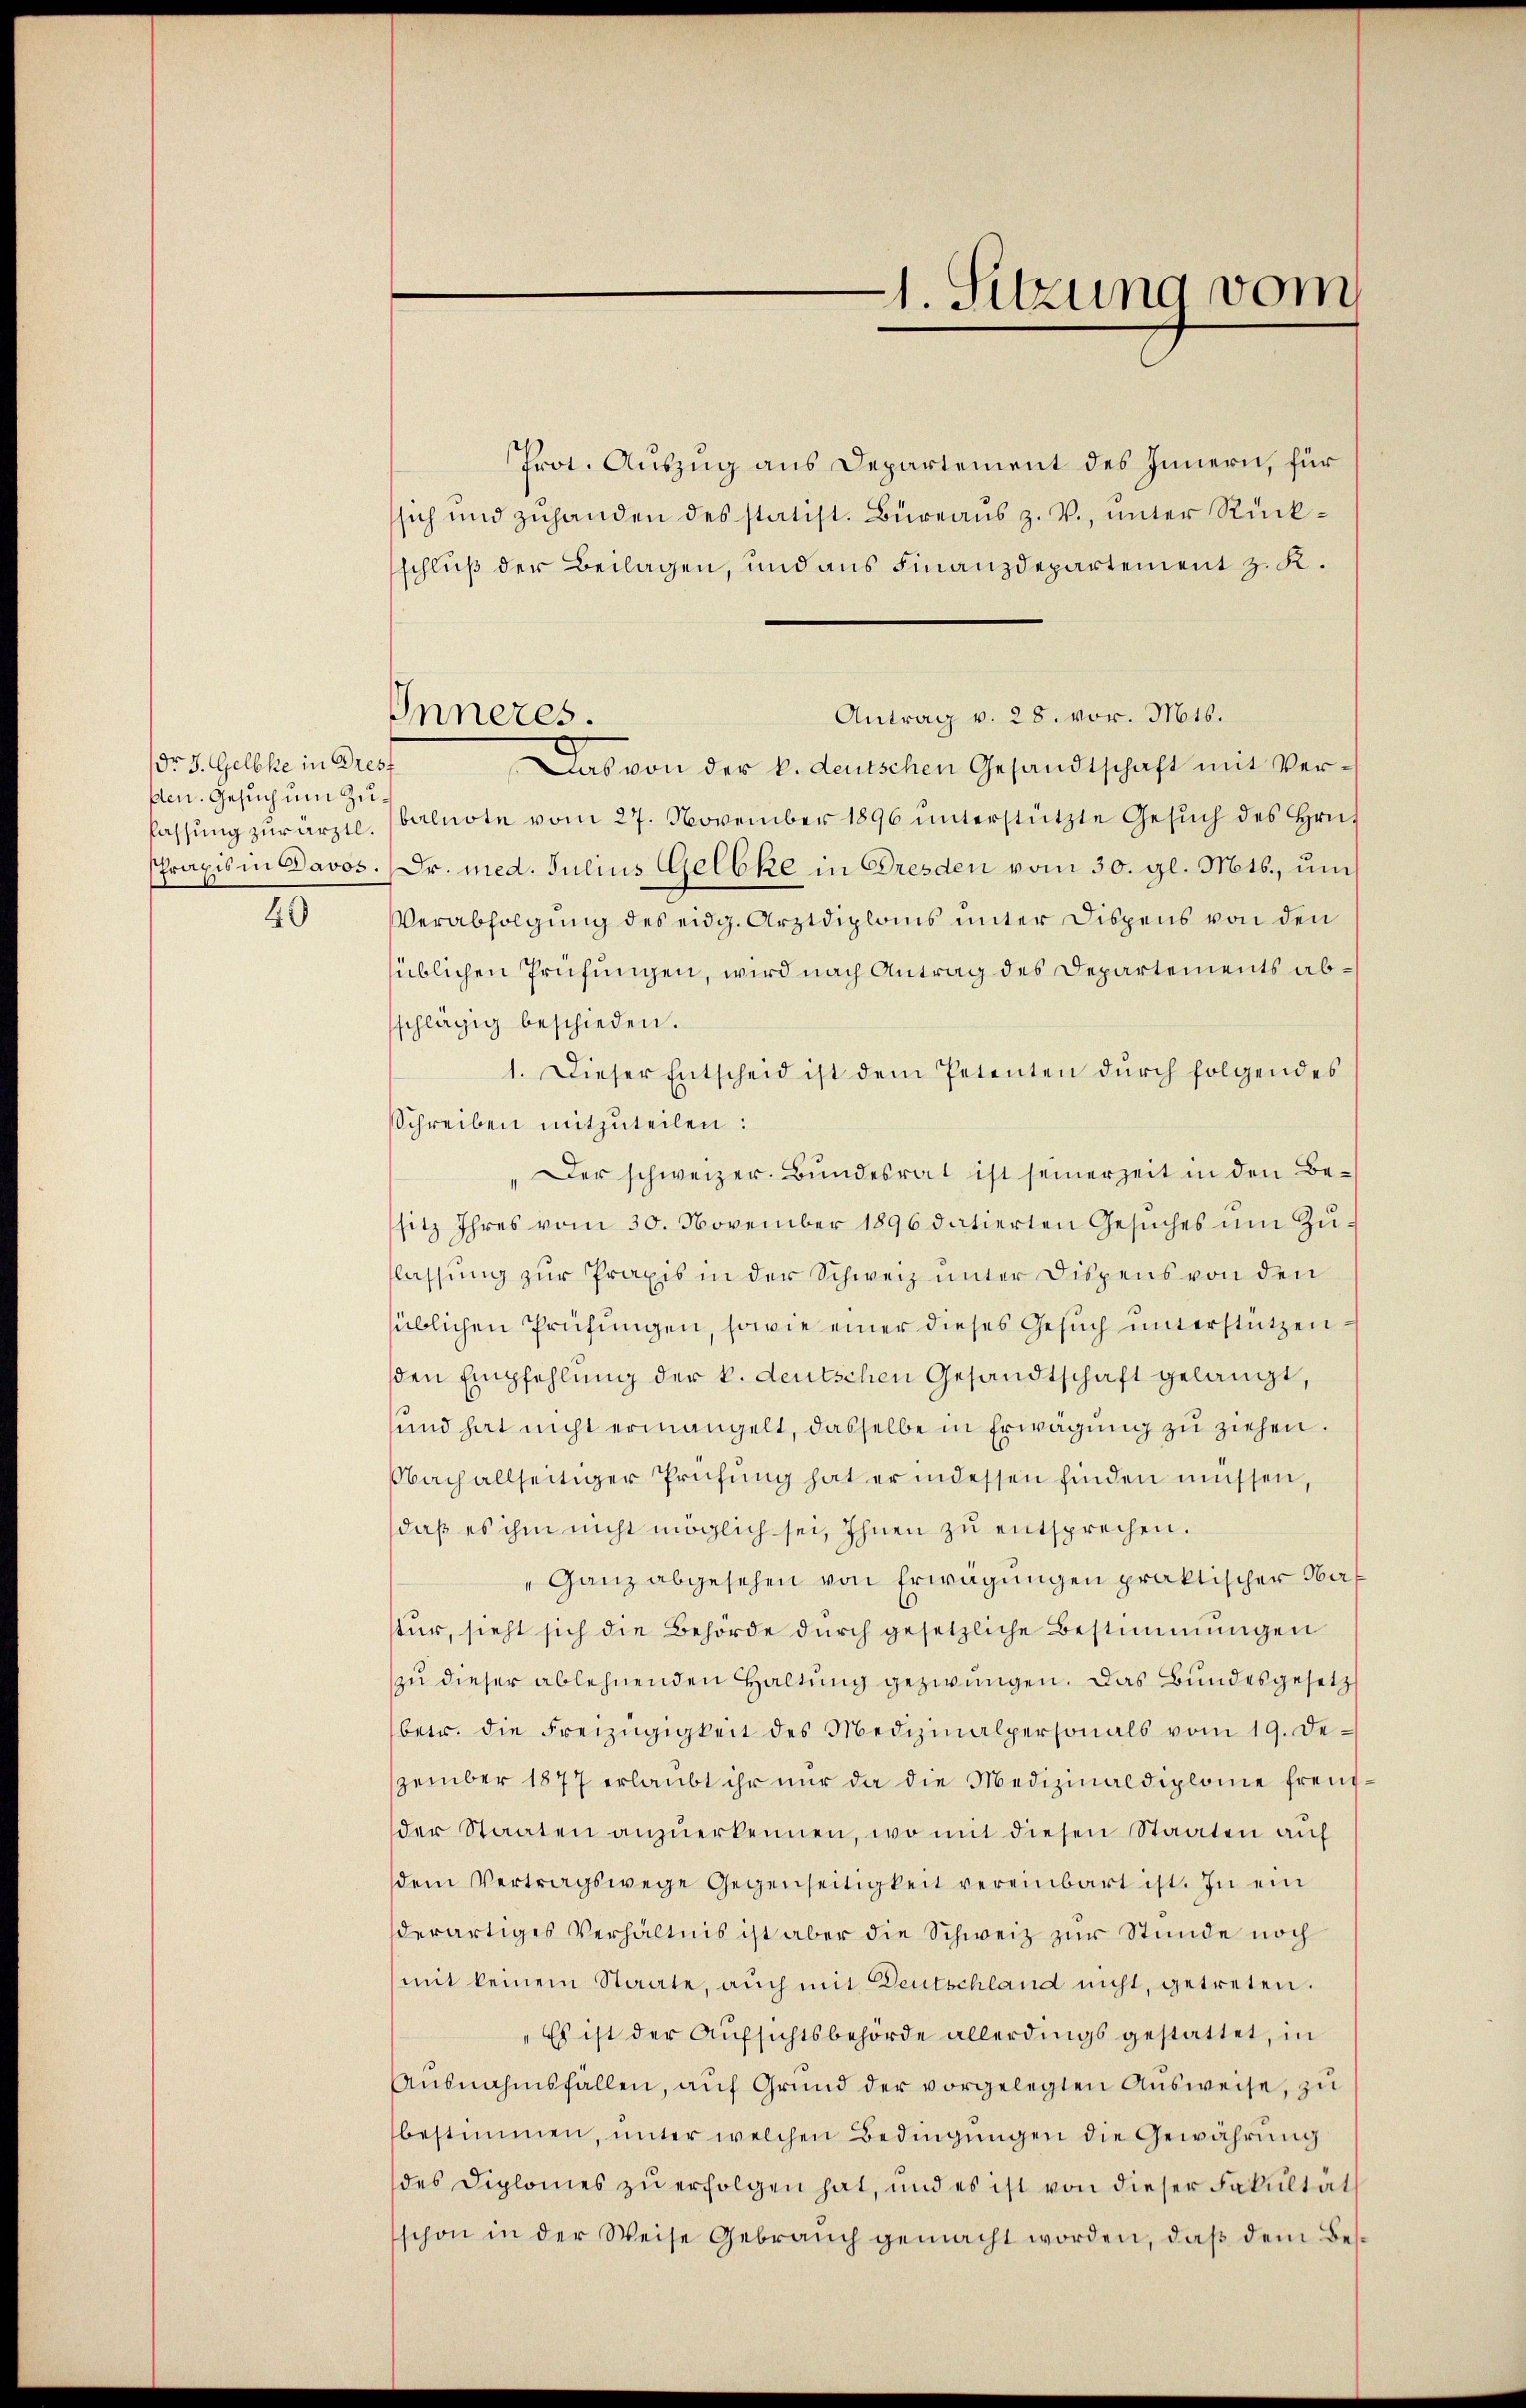
Dr. J. Gelbke in Dres
den. Gesuch um Zu¬
40

Inneres.

Prot. Auszug aus Departement des Innern, für
sich und zuhanden des statist. Büreaŭs z. V., unter Rückschluß der Beilagen, und aus Finanzdepartement z. K.
Antrag v. 28. vor. Mts.
Das von der k. deutschen Gesandtschaft mit Verlassŭng zŭrärztl. (balnote vom 27. November 1896 ŭnterstützte Gesŭch des Hrn.
Praxis in Davos. Dr. med. Julius Gelbke in Dresden vom 30. gl. Mts., uns
Verabfolgung des eidg. Arztdiploms unter Dispens von den
süblichen Prüfungen, wird nach Antrag des Departements abschlägig beschieden.
1. Dieser Entscheid ist dem Petenten durch folgendes
Schreiben mitzuteilen:
„Der schweizer. Bundesrat ist seinerzeit in den Besitz Ihres vom 30. November 1896 datierten Gesŭches ŭm Zŭ-
flassung zur Praxis in der Schweiz unter Dispens von den
süblichen Prüfungen, sowie einer dieses Gesuch unterstützen
den Empfehlung der k. deutschen Gesandtschaft gelangt,
sund hat nicht ermangelt, dasselbe in Erwägung zu ziehen.
Nach allseitiger Prüfung hat er indessen finden müssen,
daß es ihm nicht möglich sei, Ihnen zu entsprechen.
"Ganz abgesehen von Erwägungen praktischer Herstur, sieht sich die Behörde durch gesetzliche Bestimmungen
zu dieser ablehnenden Haltung gezwungen. Das Bundesgesetz
betr. die Freizügigkeit des Medizinalpersonals vom 19. De-
zember 1877 erlaŭbt ihr nŭr da die Medizinaldiplome freudder Staaten anzŭerkennen, wo mit diesen Staaten auf
dem Vertragswege Gegenseitigkeit vereinbart ist. In ein
derartiges Verhältnis ist aber die Schweiz zur Stunde noch
mit keinem Staate, auch mit Deutschland nicht, getreten.
"Es ist der Aufsichtsbehörde allerdings gestattet, in
Ausnahmsfällen, auf Grund der vorgelegten Ausweise, zu
bestimmen, unter welchen Bedingungen die Gewährung
des Diplomes zu erfolgen hat, und es ist von dieser Fakultät
schon in der Weise Gebrauch gemacht worden, daß dem Bes¬

1. Sitzung vom